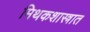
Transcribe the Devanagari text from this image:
मिथकशास्त्रात